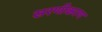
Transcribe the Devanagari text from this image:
सरणीकरण